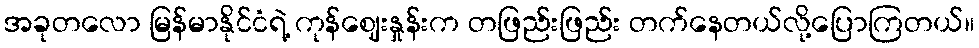
အခုတလော မြန်မာနိုင်ငံရဲ့ ကုန်ဈေးနှုန်းက တဖြည်းဖြည်း တက်နေတယ်လို့ပြောကြတယ်။